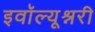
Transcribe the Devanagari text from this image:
इवॉल्यूश्नरी